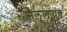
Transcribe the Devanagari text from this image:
सैलूलायड